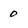
Character: 0